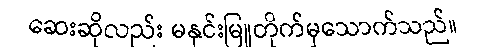
ဆေးဆိုလည်း မနှင်းမြူတိုက်မှသောက်သည်။